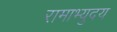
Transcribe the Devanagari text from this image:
रामाभ्युदय